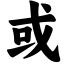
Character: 或